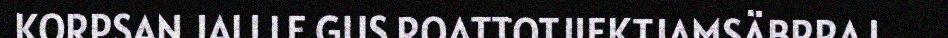
KORPSAN JALI LE GUS ROATTOTJIEKTJAMSÄBRRAJ